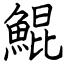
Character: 鯤